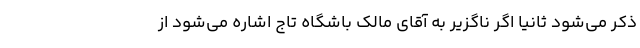
ذکر می‌شود ثانیا اگر ناگزیر به آقای مالک باشگاه تاج اشاره می‌شود از